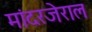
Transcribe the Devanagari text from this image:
मांदरजेराल